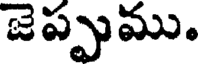
జెప్పుము.